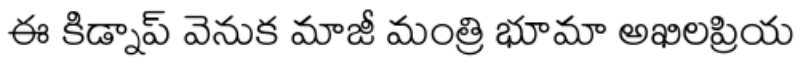
ఈ కిడ్నాప్ వెనుక మాజీ మంత్రి భూమా అఖిలప్రియ